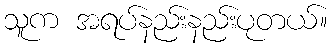
သူက အရပ်နည်းနည်းပုတယ်။